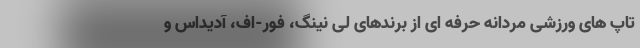
تاپ های ورزشی مردانه حرفه ای از برندهای لی نینگ، فور-اف، آدیداس و